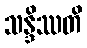
သန္ဒိဿတိ